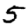
Digit: 5